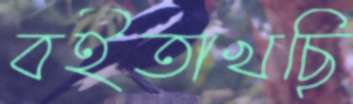
বইতাখছি